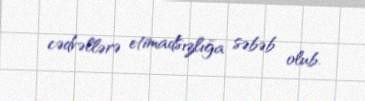
cədvəllərə etimadsızlığa səbəb olub.